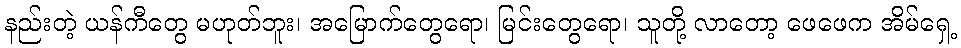
နည်းတဲ့ ယန်ကီတွေ မဟုတ်ဘူး၊ အမြောက်တွေရော၊ မြင်းတွေရော၊ သူတို့ လာတော့ ဖေဖေက အိမ်ရှေ့